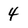
Character: 4